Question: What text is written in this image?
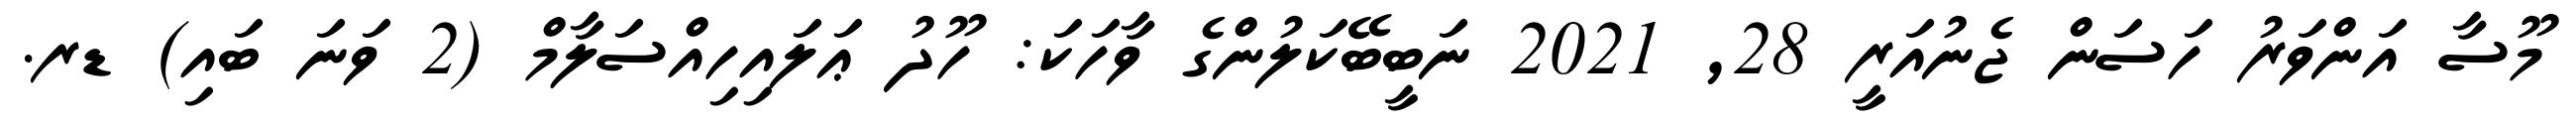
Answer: މޫސާ އަންވަރު ހަސަން ޖެނުއަރީ 28, 2021 ނަބީބޭކަލުންގެ ވާހަކަ: ހޫދު ޢަލައިހިއްސަލާމް (2 ވަނަ ބައި) ޑރ.